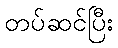
တပ်ဆင်ပြီး